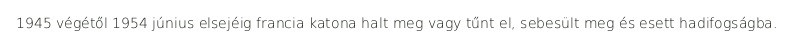
1945 végétől 1954 június elsejéig francia katona halt meg vagy tűnt el, sebesült meg és esett hadifogságba.